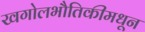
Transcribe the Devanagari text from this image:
खगोलभौतिकीमधून